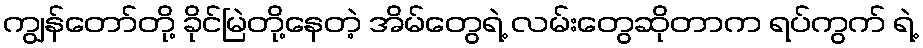
ကျွန်တော်တို့ ခိုင်မြဲတို့နေတဲ့ အိမ်တွေရဲ့ လမ်းတွေဆိုတာက ရပ်ကွက် ရဲ့